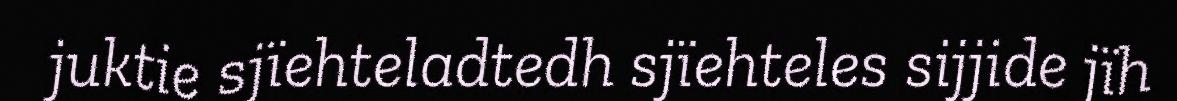
juktie sjïehteladtedh sjïehteles sijjide jïh